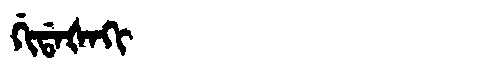
Manchu: ᡤᡳᡩᠠᡧᠠᡴᡳ
Romanization: GIDAŠAKI